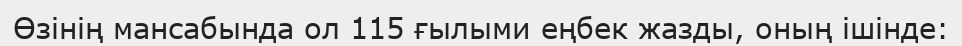
Өзінің мансабында ол 115 ғылыми еңбек жазды, оның ішінде: